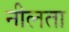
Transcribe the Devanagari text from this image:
नीलता